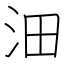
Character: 沺